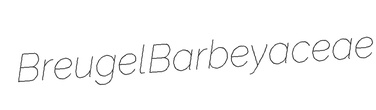
Breugel Barbeyaceae